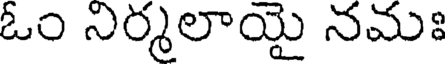
ఓం నిర్మలాయై నమః